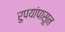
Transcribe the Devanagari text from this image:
रुपयांपासून